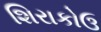
શિરાકોઉ